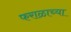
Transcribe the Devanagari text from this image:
फराळाच्या